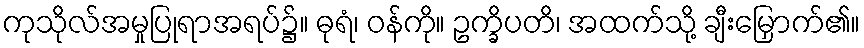
ကုသိုလ်အမှုပြုရာအရပ်၌။ ဓုရံ၊ ဝန်ကို။ ဥက္ခိပတိ၊ အထက်သို့ ချီးမြှောက်၏။